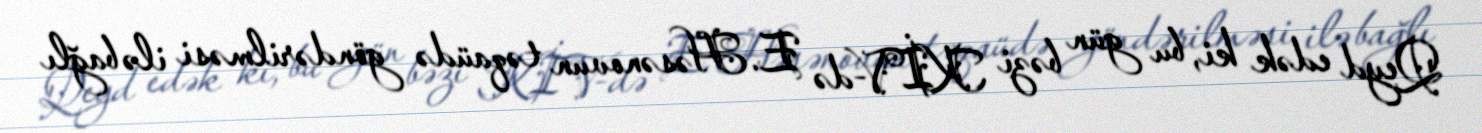
Qeyd edək ki, bu gün bəzi KİV-də E. Həsənovun təqaüdə göndərilməsi ilə bağlı